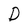
Character: D